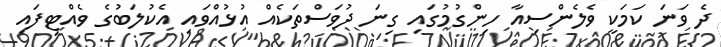
ދެ ވަނަ ކަމަކީ ވެލެންސިއާ ހިންގުމުގައި ގިނަ ދުވަސްތަކެއް އުޅުއްވައި އެކުލަބުގެ ވެއްޓިފައި